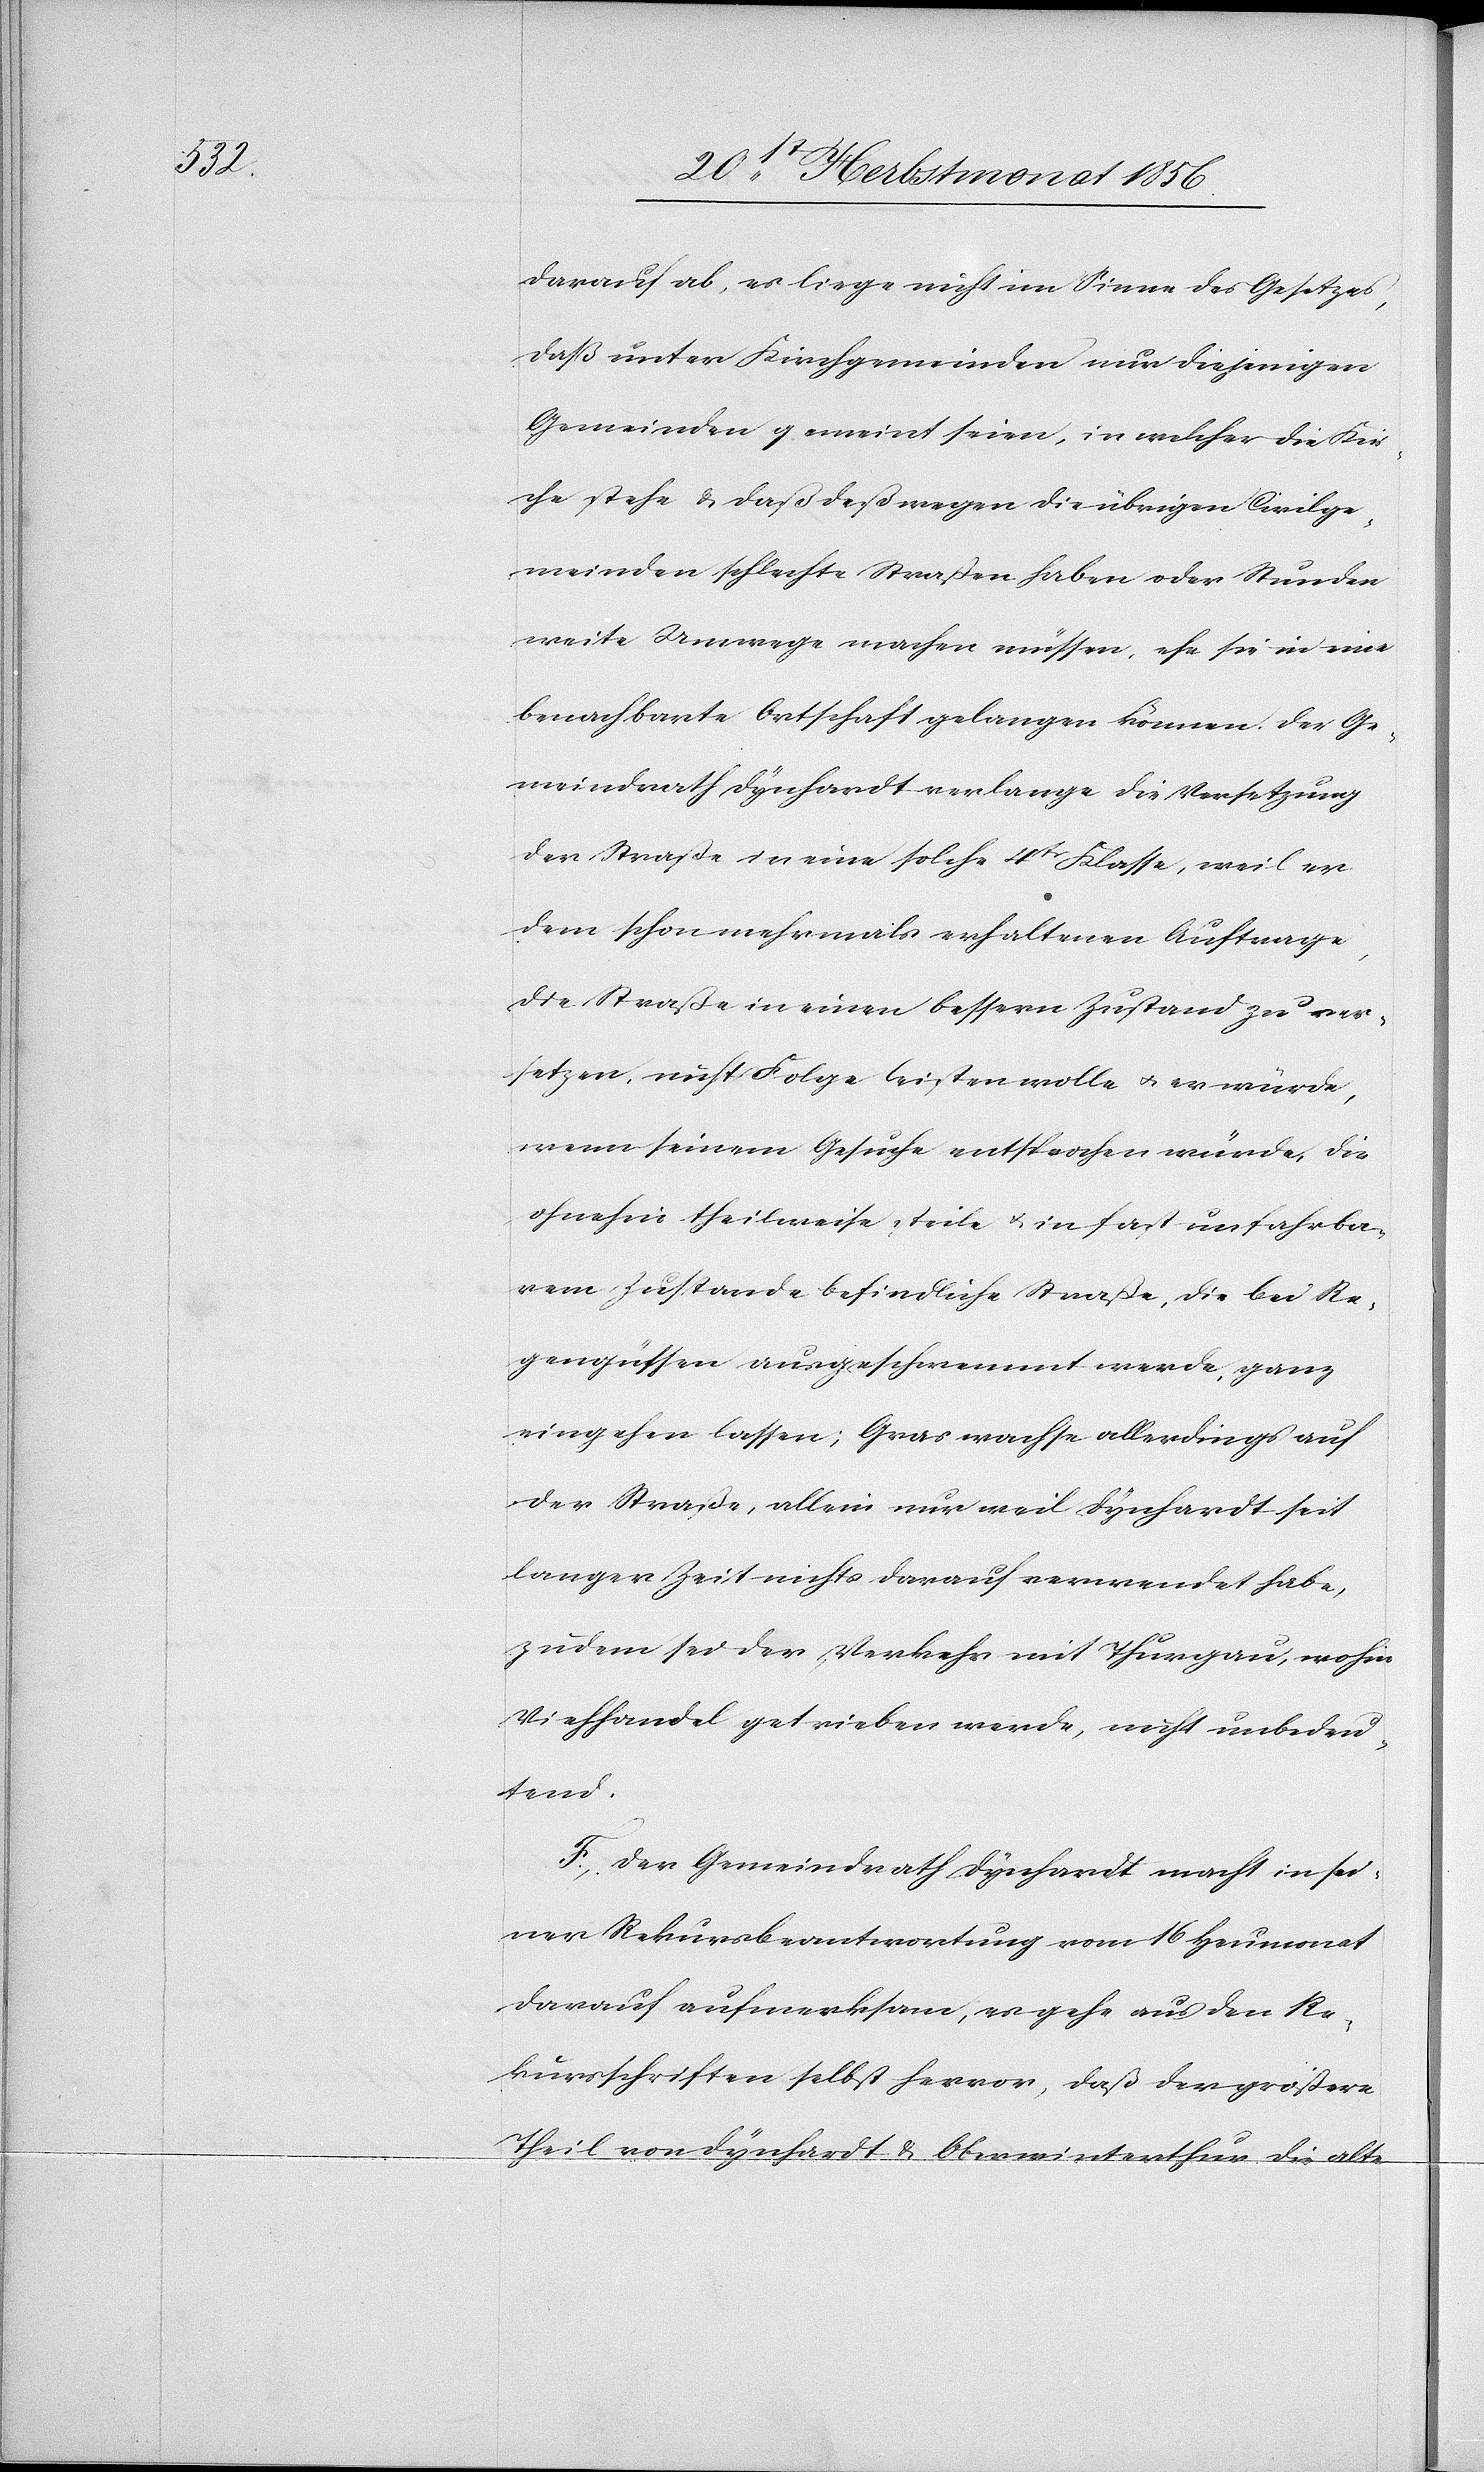
darauf ab, es liege nicht im Sinne des Gesetzes,
daß unter Kirchgemeinden nur diejenigen
Gemeinden gemeint seien, in welcher die Kir¬
che stehe & daß deßwegen die übrigen Civilge¬
meinden schlechte Straßen haben oder Stunden
weite Umwege machen müssen, ehe sie in eine
benachbarte Ortschaft gelangen können. Der Ge¬
meindrath Dynhardt verlange die Versetzung
der Straße in eine solche 4tr Klasse, weil er
dem schon mehrmals erhaltenen Auftrage,
die Straße in einen bessern Zustand zu ver¬
setzen, nicht Folge leisten wolle u. er würde,
wenn seinem Gesuche entsprochen würde, die
ohnehin theilweise steile u. in fast unfahrba¬
rem Zustande befindliche Straße, die bei Re¬
gengüssen ausgeschwemmt werde, ganz
eingehen lassen; Gras wachse allerdings auf
der Straße, allein nur weil Dynhardt seit
langer Zeit nichts darauf verwendet habe,
zudem sei der Verkehr mit Thurgau, wohin
Viehhandel getrieben werde, nicht unbedeu¬
tend.
F. Der Gemeindrath Dynhardt macht in sei¬
ner Rekursbeantwortung vom 16 Heumonat
darauf aufmerksam, es gehe aus den Re¬
kursschriften selbst hervor, daß der größere
Theil von Dynhardt & Oberwinterthur die alte